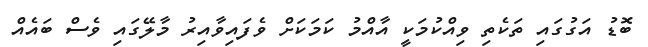
ބޮޑު އަގުގައި ތަކެތި ވިއްކުމަކީ އާއްމު ކަމަކަށް ވެފައިވާއިރު މާލޭގައި ވެސް ބައެއް